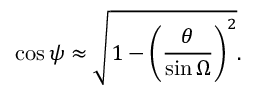
\cos \psi \approx { \sqrt { 1 - \left( { \frac { \theta } { \sin \Omega } } \right) ^ { 2 } } } .